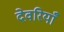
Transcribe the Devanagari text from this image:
देवरियाँ